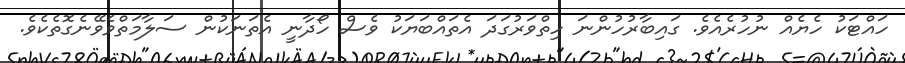
ހައްޓަކު ހެޔެއް ނުހުރެއެވެ. ގައިބާރުހުންނަ ހިތްވަރުގަދަ އެތައްބަޔަކު ވެސް ހޯދާނީ އެތަނަކުން ސަލާމަތްވެވޭނެގޮތެކެވެ.